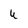
Character: U